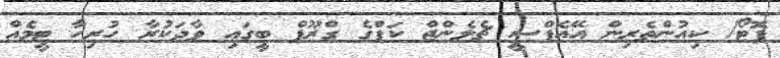
ފޮޓޯ/ ކިއުންތެރިން އޭއެފްސީ ޗެލެންޖް ކަޕްގެ ގްރޫޕް ބީގައި ވާދަކުރާ ހުރިހާ ޓީމެއް